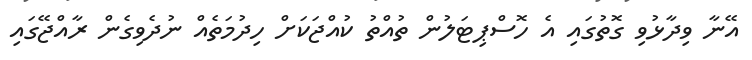
އޭނާ ވިދާޅުވި ގޮތުގައި އެ ހޮސްޕިޓަލުން ތުއްތު ކުއްޖަކަށް ހިދުމަތެއް ނުދެވިގެން ރާއްޖޭގައި